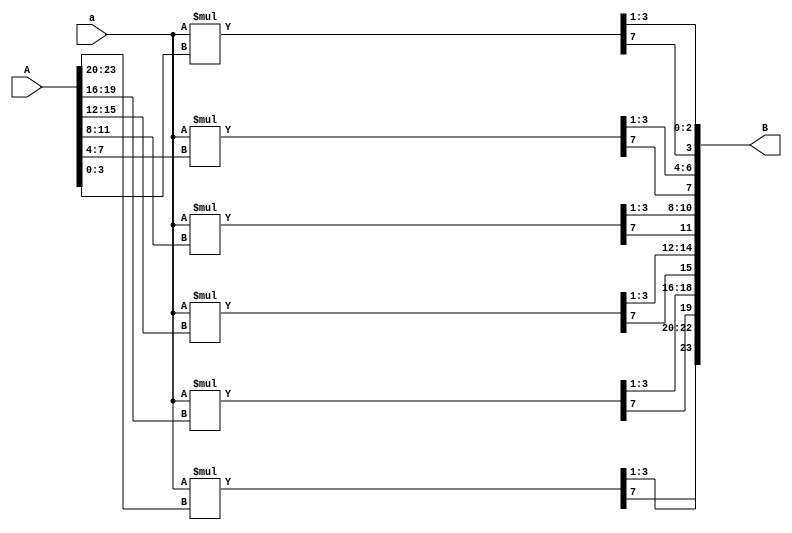
module matrix_scalar_mult_test(A,a,B);
	input [23:0] A;			//3*2*4-1
	input signed [3:0] a;	//4-1
	output[23:0] B;			//3*2*4-1

	wire signed [3:0] A_arr [2:0][1:0];
	reg signed [7:0] B1_arr[2:0][1:0];
	reg signed [3:0] B_arr [2:0][1:0];
	
	assign {{A_arr[0][0], A_arr[0][1]},
			  {A_arr[1][0], A_arr[1][1]},
			  {A_arr[2][0], A_arr[2][1]}} = A;
	
	integer i,j;
	always @*
	begin
		for(i=0; i<3; i=i+1)
		begin
			for(j=0; j<2; j=j+1)
			begin
				B1_arr[i][j] <= a*A_arr[i][j];
				B_arr[i][j] <= {B1_arr[i][j][7], B1_arr[i][j][3:1]};
			end
		end
	end
	
	assign B = {{B_arr[0][0], B_arr[0][1]},
					{B_arr[1][0], B_arr[1][1]},
					{B_arr[2][0], B_arr[2][1]}};
					
endmodule